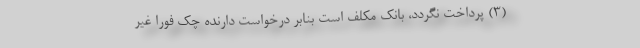
(۳) پرداخت نگردد، بانک مکلف است بنابر درخواست دارنده چک فوراً غیر